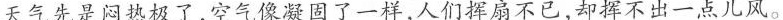
天气先是闷热极了，空气像凝固了一样，人们挥扇不已，却挥不出一点儿风。